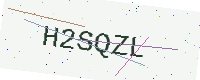
Text: H2SQZL